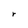
Character: r